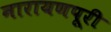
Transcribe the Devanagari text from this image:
नारायणपूरी